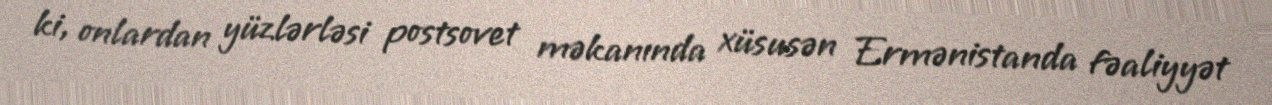
ki, onlardan yüzlərləsi postsovet məkanında xüsusən Ermənistanda fəaliyyət